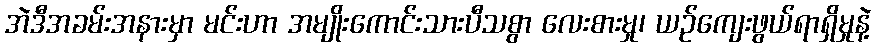
အဲဒီအခမ်းအနားမှာ မင်းဟာ အမျိုးကောင်းသားပီသစွာ လေးစားမှု၊ ယဉ်ကျေးဖွယ်ရာရှိမှုနဲ့